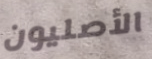
الأصليون